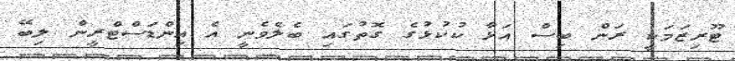
ޓޫރިޒަމަކީ ރަން ބިސް އަޅާ ކުކުޅުގެ ގޮތުގައި ބެލެވެނީ އެ އިންޑަސްޓްރީން ލިބޭ